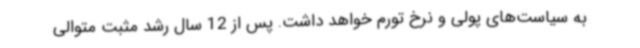
به سیاست‌های پولی و نرخ تورم خواهد داشت. پس از 12 سال رشد مثبت متوالی